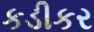
કડીકર